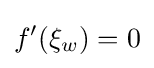
f'(\xi _{w})=0